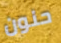
حنون